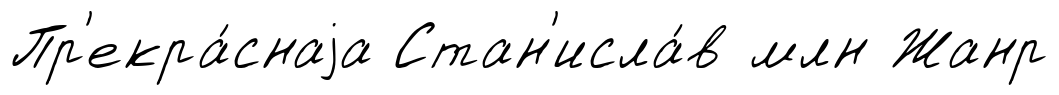
Пр'екра́снаjа Стан'исла́в млн Жанр